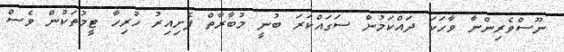
ނޫސްވެރިންނާ ވާހަކަ ދައްކަމުން ސަގައްކަރަ ބުނީ މުބާރާތް ފެށިއިރު ހުރިހާ ޓީމުތަކުން ވެސް